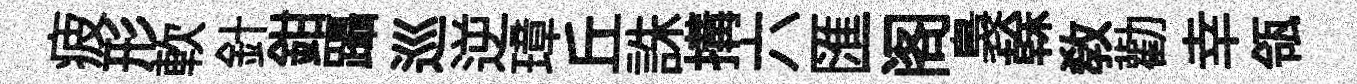
疲形軟針鉗躡巡逆璋丘誅搆六匯阁裊𠏉敎勸幸瓴